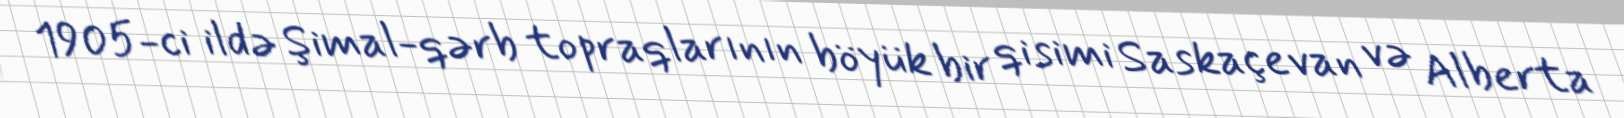
1905-ci ildə Şimal-qərb topraqlarının böyük bir qisimi Saskaçevan və Alberta